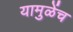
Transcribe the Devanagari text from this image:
यामुळेंच